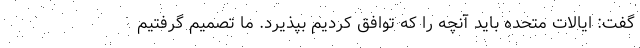
گفت: ایالات متحده باید آنچه را که توافق کردیم بپذیرد. ما تصمیم گرفتیم